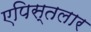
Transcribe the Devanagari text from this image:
एपिस्तलार